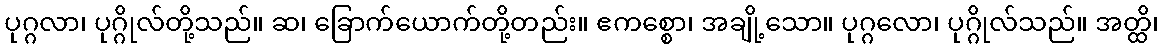
ပုဂ္ဂလာ၊ ပုဂ္ဂိုလ်တို့သည်။ ဆ၊ ခြောက်ယောက်တို့တည်း။ ဧကစ္စော၊ အချို့သော။ ပုဂ္ဂလော၊ ပုဂ္ဂိုလ်သည်။ အတ္ထိ၊